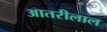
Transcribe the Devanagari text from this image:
आतरीलाल